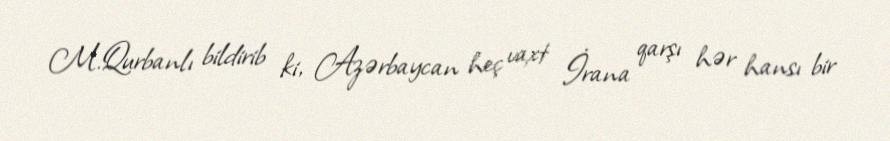
M.Qurbanlı bildirib ki, Azərbaycan heç vaxt İrana qarşı hər hansı bir